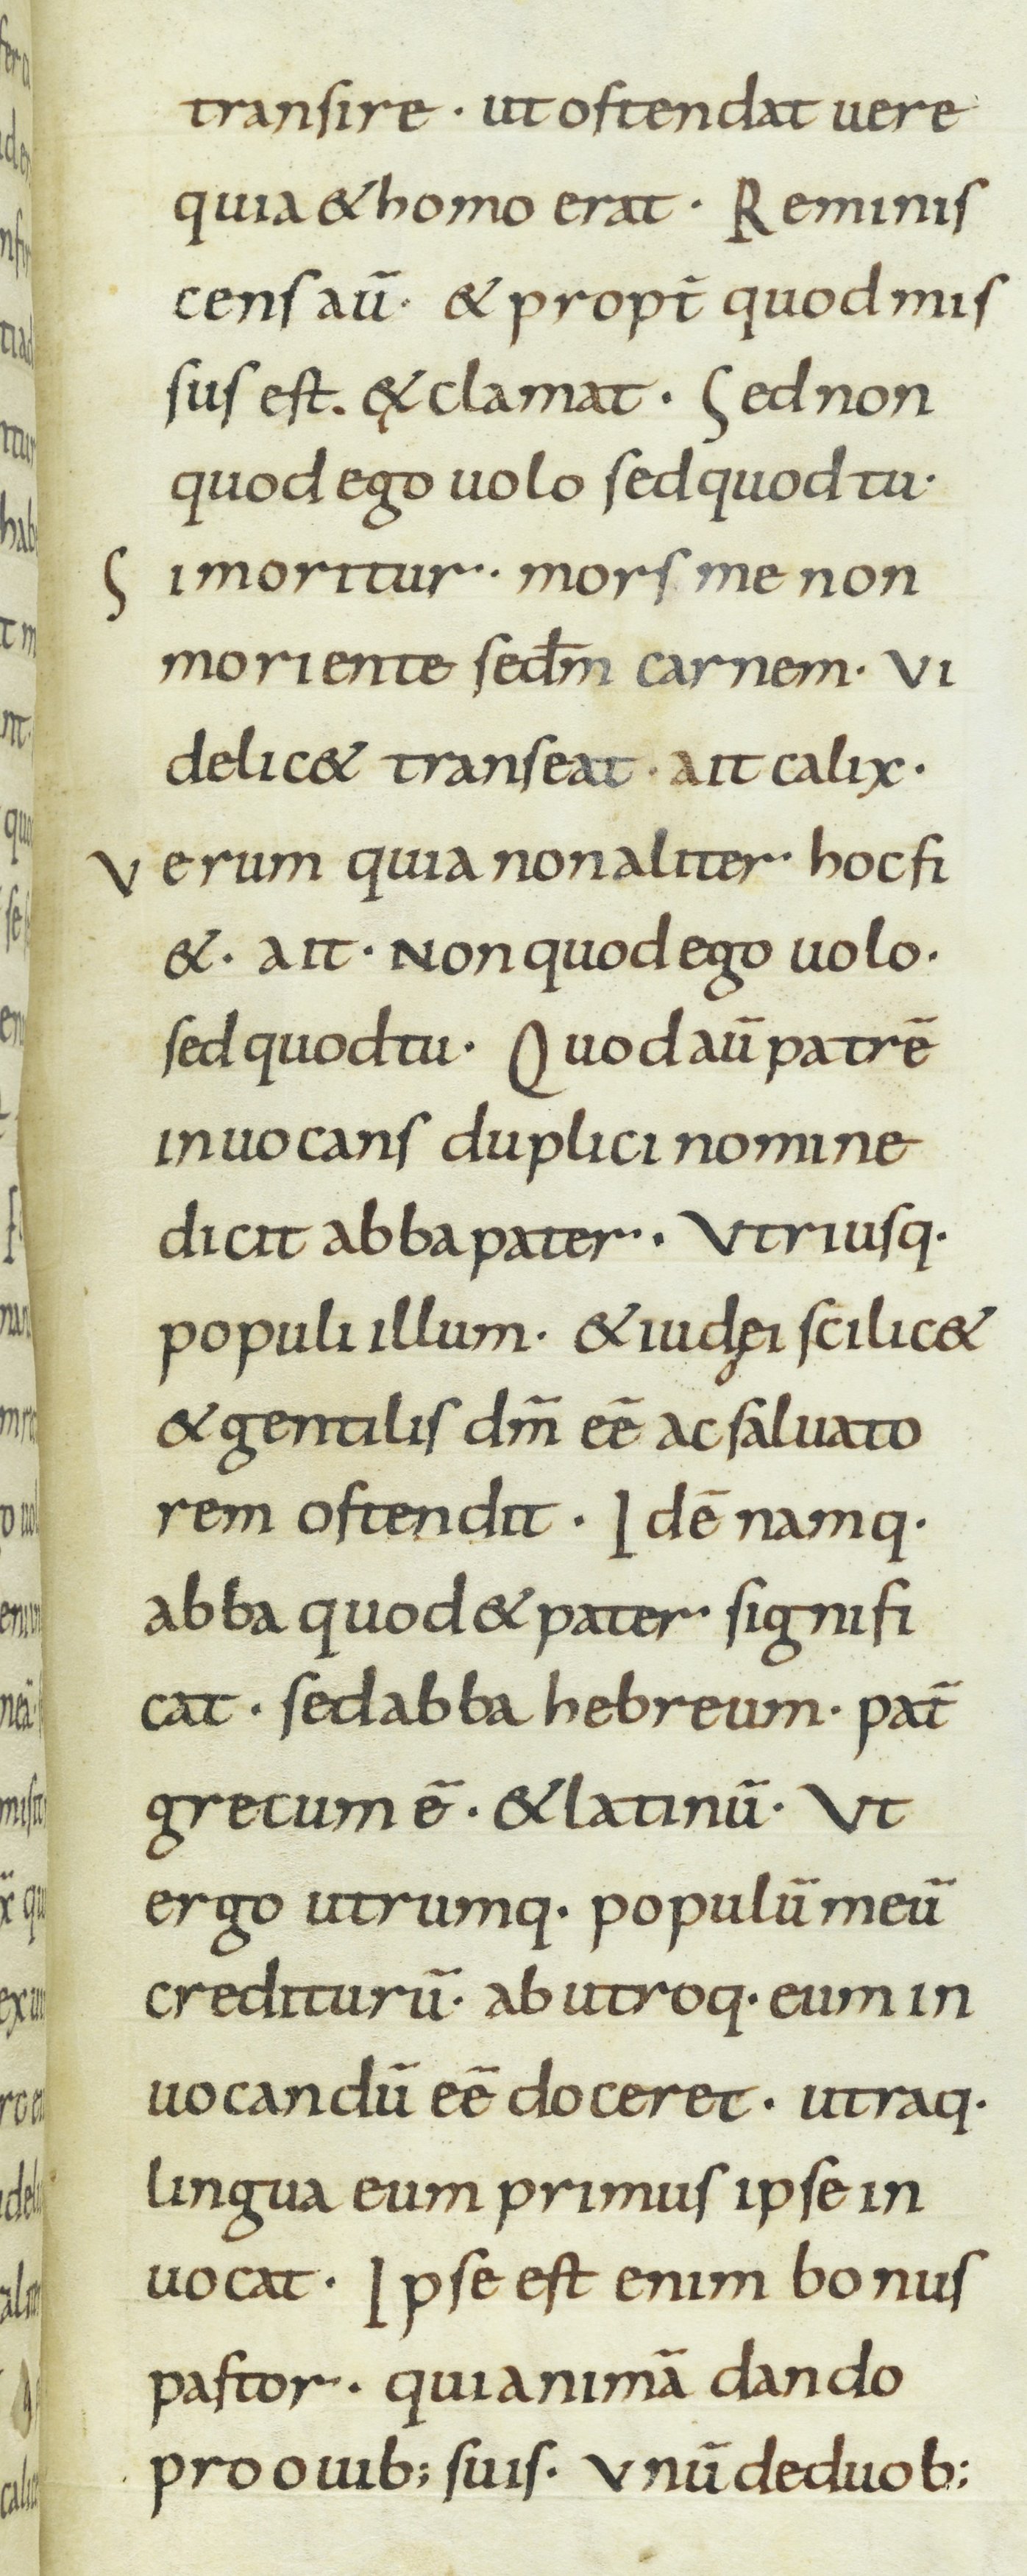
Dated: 800–899